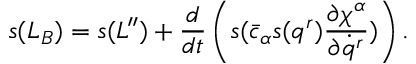
s ( L _ { B } ) = s ( L ^ { \prime \prime } ) + \frac { d } { d t } \left( s ( \bar { c } _ { \alpha } s ( q ^ { r } ) \frac { \partial \chi ^ { \alpha } } { \partial \dot { q } ^ { r } } ) \right) .